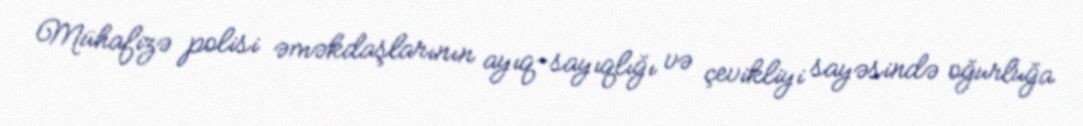
Mühafizə polisi əməkdaşlarının ayıq-sayıqlığı və çevikliyi sayəsində oğurluğa